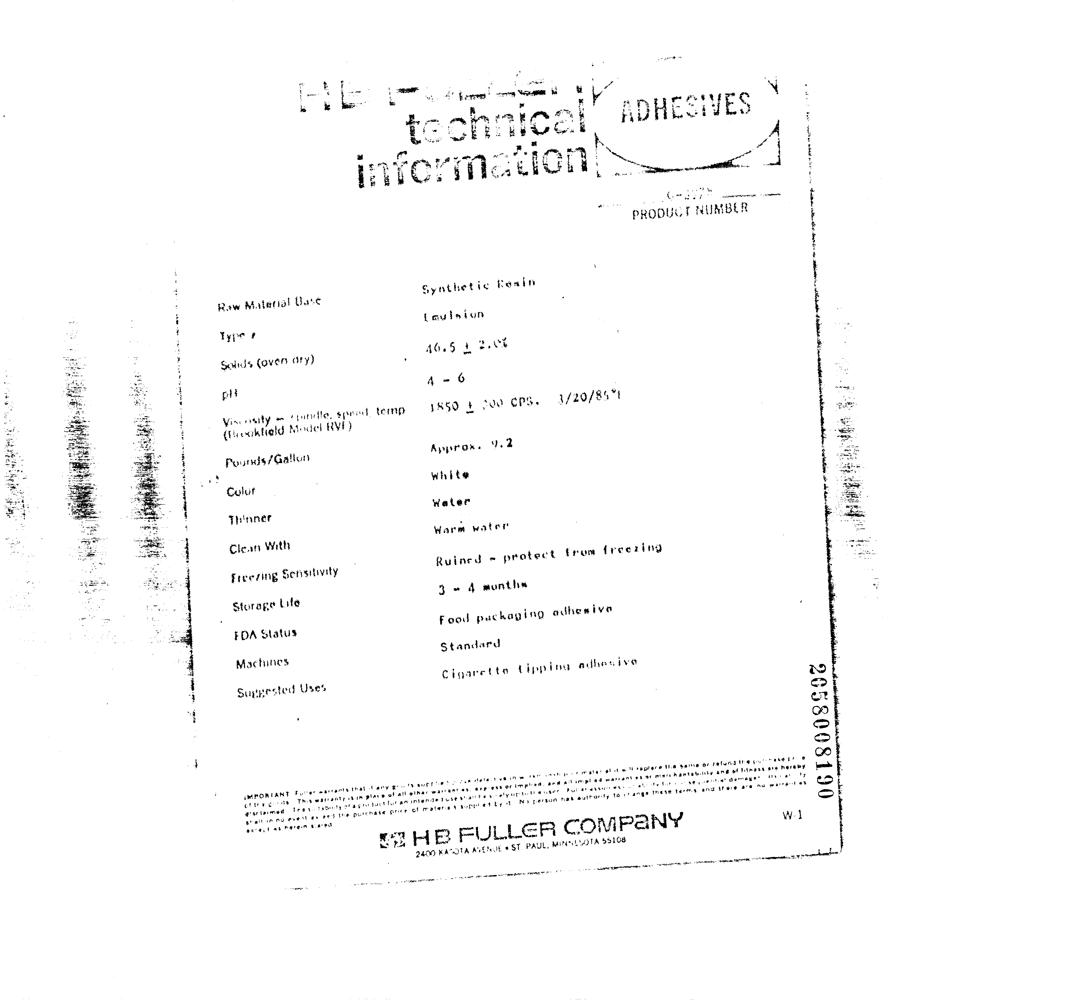
ence
 weds EB oer
 : oo ue
 “eames isan Allan Aton ne pam Ak th Alta te
 ui,
 Typo ¢
 pli
 Yarns rent -_
 (ievokteld
 Thinner
 Clean With
 EDA Status
 Machines
 iEPORTANT Fy
 cigs Th
 pariamed ira
 er aftr Ba eve st
 aacait as nares
 ser wareant
 sa wea ante
 sarees
 Synthetic healin
 tauiaiun
 46.5 XL ad
 4-6
 SS fb CaN OPS.
 Appras. ‘fe 2
 White
 water
 Ware water
 Ruined ~ protect
 zo 4 aunties
 wef!
 Standard
 copa pe te
 Bula?
 pret of raters * seppee! by No person hak eut
 sie atte te eggare She hare OF patens He be” mead ge
 re aticty betes
 roesy fa ch anes these terta od qrare aca 44
 Wel
 a eae ern ET ete ME TE EO on
 nsec, bet nen memtinn See ETS ne eae I
 cao prnpagee Nag
 IE Te ae pergrernagece mene _—
 se nape
 Np ae te AMI AT
 0648008596
 mvomcbnendne
 ere oye gS ET TET
 j 1